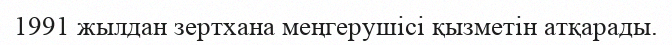
1991 жылдан зертхана меңгерушісі қызметін атқарады.